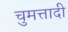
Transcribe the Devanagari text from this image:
चुमत्तादी